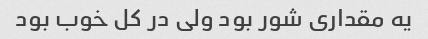
یه مقداری شور بود ولی در کل خوب بود